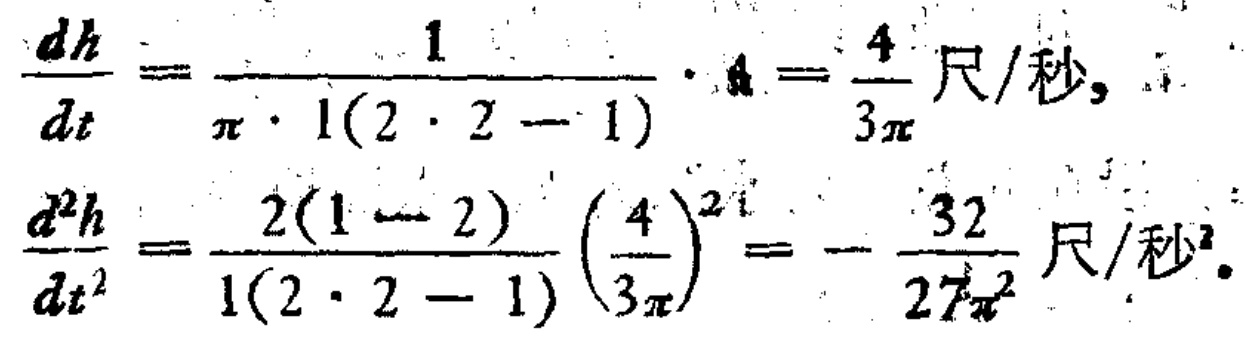
\[\begin{align*}
\frac{dh}{dt}&=\frac{1}{\pi\cdot1(2\cdot2 - 1)}\cdot4=\frac{4}{3\pi}\text{ 尺/秒},\\
\frac{d^{2}h}{dt^{2}}&=\frac{2(1 - 2)}{1(2\cdot2 - 1)}\left(\frac{4}{3\pi}\right)^{2}=-\frac{32}{27\pi^{2}}\text{ 尺/秒}^2.
\end{align*}\]